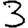
Digit: 3